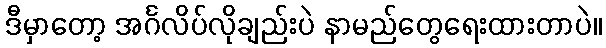
ဒီမှာတော့ အင်္ဂလိပ်လိုချည်းပဲ နာမည်တွေရေးထားတာပဲ။